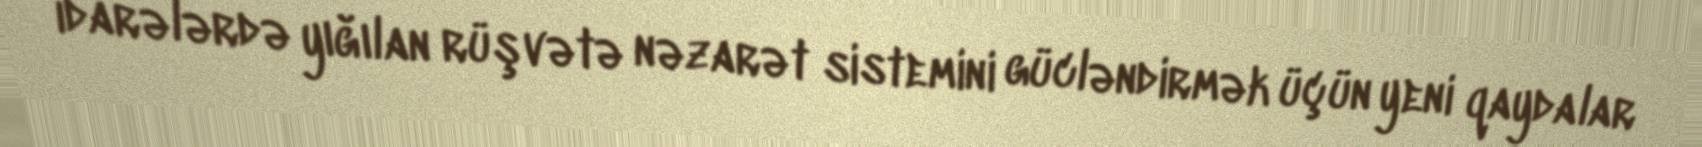
idarələrdə yığılan rüşvətə nəzarət sistemini gücləndirmək üçün yeni qaydalar